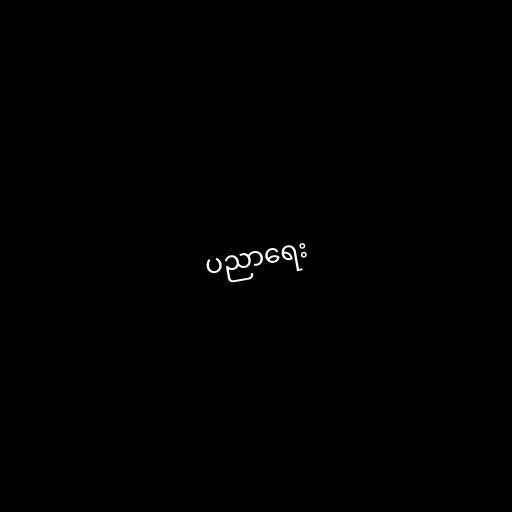
ပညာရေး